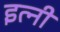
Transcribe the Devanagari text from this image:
इत्नी